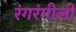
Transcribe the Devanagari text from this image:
रंगरंगीली